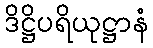
ဒိဋ္ဌိပရိယုဋ္ဌာနံ